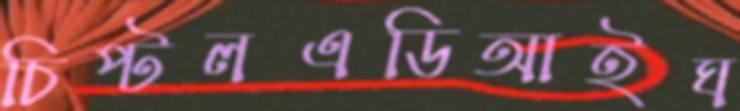
চিপ্‌টলএডিআইঘ